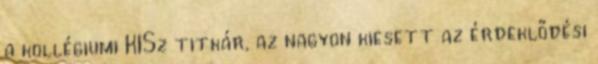
a kollégiumi KISz titkár, az nagyon kiesett az érdeklődési